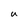
Character: u